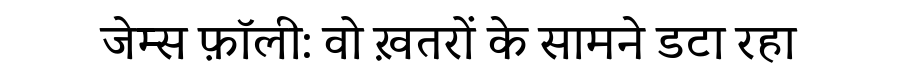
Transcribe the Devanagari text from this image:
जेम्स फ़ॉली: वो ख़तरों के सामने डटा रहा